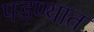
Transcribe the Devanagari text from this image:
पडण्यात